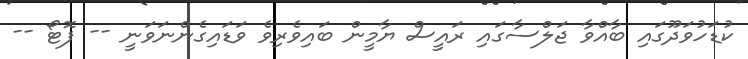
ކުޑަހުވަދޫގައި ބާއްވާ ޖަލްސާގައި ރައީސް ޔާމީން ބައިވެރިވެ ވަޑައިގެންނަވަނީ -- ފޮޓޯ --